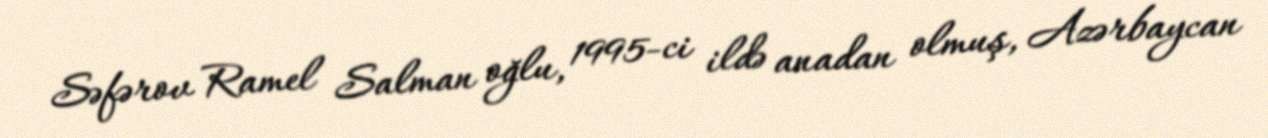
Səfərov Ramel Salman oğlu, 1995-ci ildə anadan olmuş, Azərbaycan